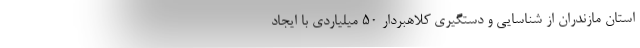
استان مازندران از شناسایی و دستگیری کلاهبردار ۵۰ میلیاردی با ایجاد